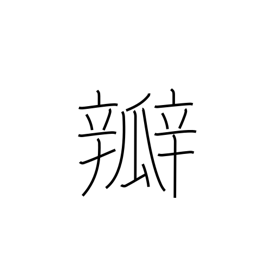
Meaning: valve